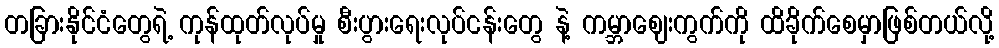
တခြားနိုင်ငံတွေရဲ့ ကုန်ထုတ်လုပ်မှု စီးပွားရေးလုပ်ငန်းတွေ နဲ့ ကမ္ဘာဈေးကွက်ကို ထိခိုက်စေမှာဖြစ်တယ်လို့